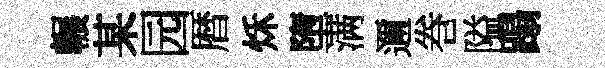
輾某园暦秌墮满邇巻隘蹋